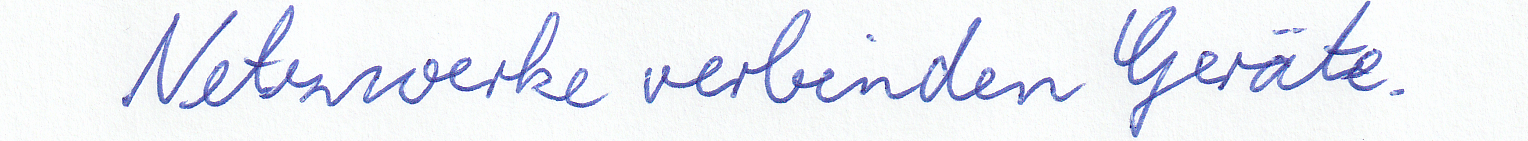
Netzwerke verbinden Geräte.